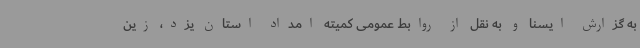
به گزارش ایسنا و به نقل از روابط عمومی کمیته امداد استان یزد، زین